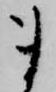
ま